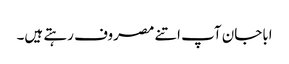
اباجان آپ اتنے مصروف رہتے ہیں۔